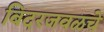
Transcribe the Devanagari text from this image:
बिदरजवळचे